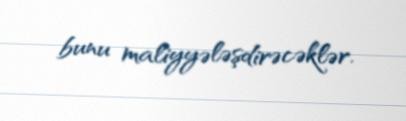
bunu maliyyələşdirəcəklər.